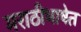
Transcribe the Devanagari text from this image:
मराठीभाषेत